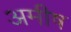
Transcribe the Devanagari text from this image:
अमीष